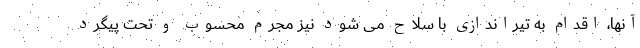
آنها، اقدام به تیراندازی با سلاح می شود نیز مجرم محسوب و تحت پیگرد